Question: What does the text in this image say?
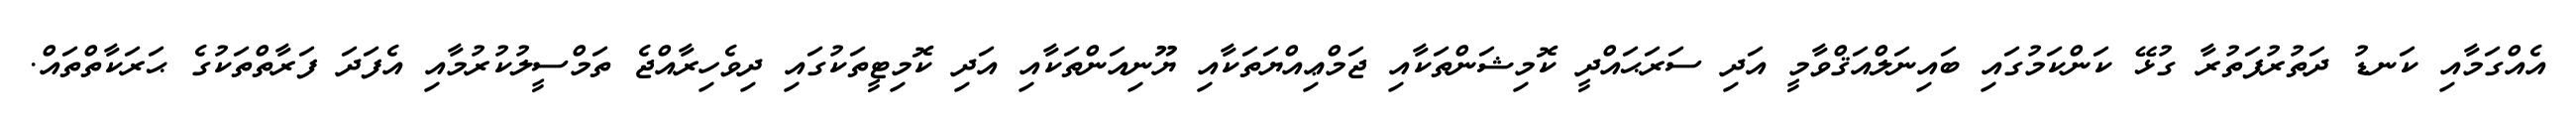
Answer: އެއްގަމާއި ކަނޑު ދަތުރުފަތުރާ ގުޅޭ ކަންކަމުގައި ބައިނަލްއަޤްވާމީ އަދި ސަރަޙައްދީ ކޮމިޝަންތަކާއި ޖަމްޢިއްޔަތަކާއި ޔޫނިއަންތަކާއި އަދި ކޮމިޓީތަކުގައި ދިވެހިރާއްޖެ ތަމްސީލުކުރުމާއި އެފަދަ ފަރާތްތަކުގެ ޙަރަކާތްތައް.